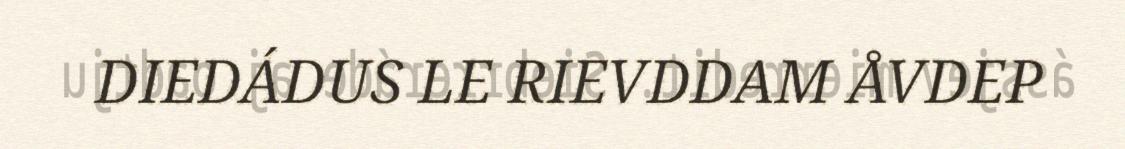
DIEDÁDUS LE RIEVDDAM ÅVDEP